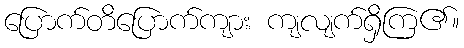
ပြောက်တိပြောက်ကျား ကျလျက်ရှိကြ၏။